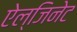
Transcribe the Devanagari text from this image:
ऐल्जिनेट